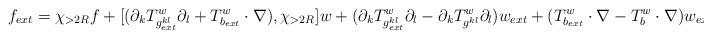
LaTeX: \begin{align*}f_{ext} = \chi_{> 2R} f + [(\partial_k T^w_{g^{kl}_{ext}} \partial_l + T^w_{b_{ext}} \cdot\nabla), \chi_{> 2R}] w + (\partial_k T^w_{g^{kl}_{ext}}\partial_l - \partial_k T^w_{g^{kl}}\partial_l)w_{ext}+(T^w_{b_{ext}}\cdot\nabla - T^w_{b}\cdot \nabla)w_{ext}.\end{align*}